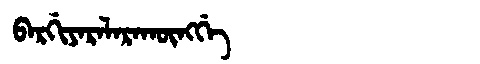
Manchu: ᠪᠠᡵᡤᡳᠶᠠᡵᠠᠯᠠᡵᠠᡴᡡᠩᡤᡝ
Romanization: BARGIYARALARAKŪNGGE